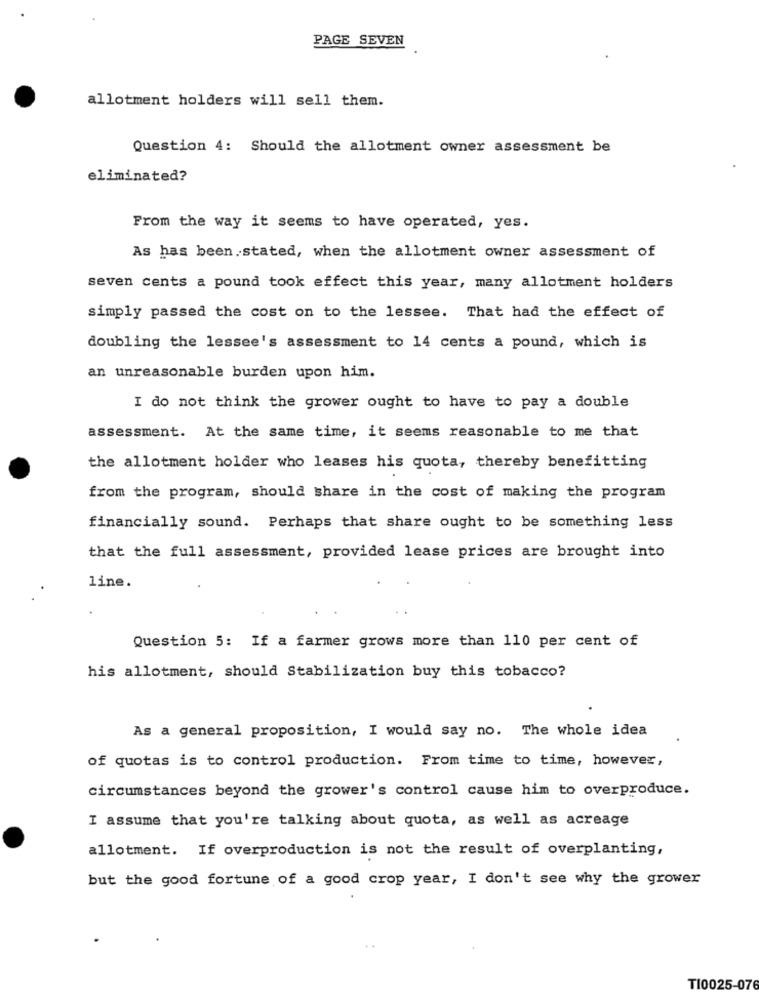
PAGE SEVEN
allotment holders will sell them.
Question 4: Should the allotment owner assessment be
eliminated?
From the way it seems to have operated, yes.
As has been.stated, when the allotment owner assessment of
seven cents a pound took effect this year, many allotment holders
simply passed the cost on to the lessee. That had the effect of
doubling the lessee's assessment to 14 cents a pound, which is
an unreasonable burden upon him.
I do not think the grower ought to have to pay a double
assessment. At the same time, it seems reasonable to me that
the allotment holder who leases his quota, thereby benefitting
from the program, should share in the cost of making the program
financially sound. Perhaps that share ought to be something less
that the full assessment, provided lease prices are brought into
line.
Question 5: If a farmer grows more than 110 per cent of
his allotment, should Stabilization buy this tobacco?
As a general proposition, I would say no. The whole idea
of quotas is to control production. From time to time, however,
circumstances beyond the grower's control cause him to overproduce.
I assume that you're talking about quota, as well as acreage
allotment. If overproduction is not the result of overplanting,
but the good fortune of a good crop year, I don't see why the grower
TI0025-07